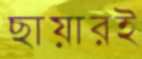
ছায়ারই